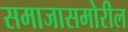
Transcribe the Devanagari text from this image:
समाजासमोरील